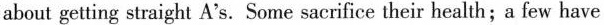
about getting straight A's. Some sacrifice their health;a few have